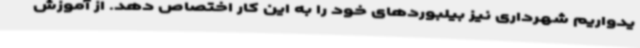
یدواریم شهرداری نیز بیلبوردهای خود را به این کار اختصاص دهد. از آموزش